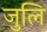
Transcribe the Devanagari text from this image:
जुलि